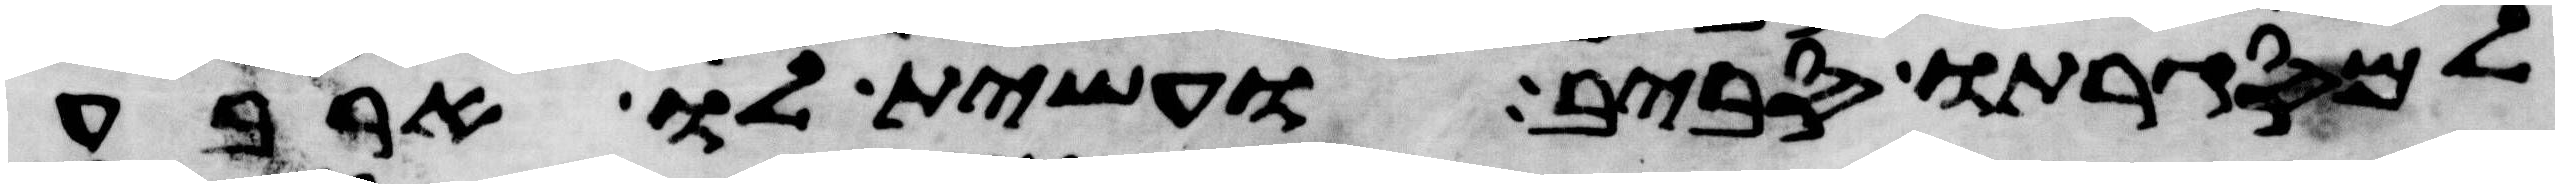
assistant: למסגרתו סביב ועשית לו ארבע